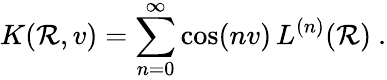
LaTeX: K(\mathcal{R},v)=\sum_{n=0}^{\infty}\cos(nv)\, L^{(n)}(\mathcal{R})\ .